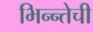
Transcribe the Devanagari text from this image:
भिन्न्तेची